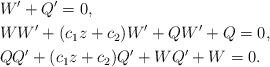
LaTeX: \begin{align*}& W^{\prime}+Q^{\prime}=0,\\& WW^{\prime}+(c_{1}z+c_{2})W^{\prime}+QW^{\prime}+Q=0,\\& QQ^{\prime}+(c_{1}z+c_{2})Q^{\prime}+WQ^{\prime}+W=0.\end{align*}